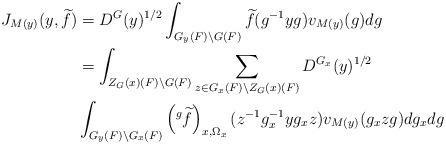
LaTeX: \begin{align*}\displaystyle J_{M(y)}(y,\widetilde{f}) & =D^G(y)^{1/2}\int_{G_y(F)\backslash G(F)} \widetilde{f}(g^{-1}yg)v_{M(y)}(g) dg \\ & =\int_{Z_G(x)(F)\backslash G(F)} \sum_{z\in G_x(F)\backslash Z_G(x)(F)} D^{G_x}(y)^{1/2} \\ & \int_{G_y(F)\backslash G_x(F)} \left({}^g \widetilde{f}\right)_{x,\Omega_x}(z^{-1}g_x^{-1}yg_xz)v_{M(y)}(g_xzg)dg_xdg\end{align*}